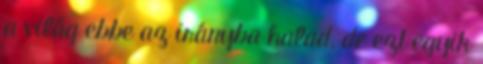
a világ ebbe az irányba halad, de ezt egyik